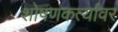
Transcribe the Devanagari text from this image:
शोषणकर्त्यांवर